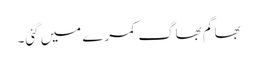
بھاگم بھاگ کمرے میں گئی۔